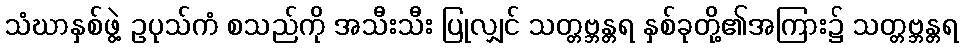
သံဃာနှစ်ဖွဲ့ ဥပုသ်ကံ စသည်ကို အသီးသီး ပြုလျှင် သတ္တဗ္ဘန္တရ နှစ်ခုတို့၏အကြား၌ သတ္တဗ္ဘန္တရ